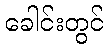
ခေါင်းတွင်